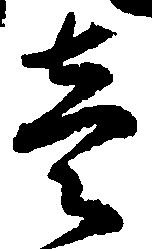
壱